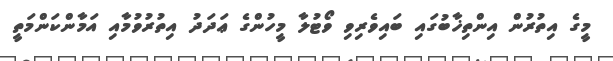
މީގެ އިތުރުން އިންތިޚާބުގައި ބައިވެރިވި ވޯޓުލާ މީހުންގެ ޢަދަދު އިތުރުވުމާއި އަމާންކަންމަތީ